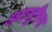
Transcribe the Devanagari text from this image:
अदालूसिया